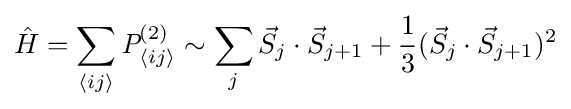
{\hat {H}}=\sum _{\langle ij\rangle }{\textit {P}}_{\langle ij\rangle }^{(2)}\sim \sum _{j}{\vec {S}}_{j}\cdot {\vec {S}}_{j+1}+{\frac {1}{3}}({\vec {S}}_{j}\cdot {\vec {S}}_{j+1})^{2}